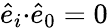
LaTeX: \hat{e}_{i}{\cdot}\hat{e}_{0}=0